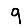
Digit: 9